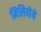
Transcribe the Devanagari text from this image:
मिलिवोये